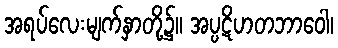
အရပ်လေးမျက်နှာတို့၌။ အပ္ပဋိဟတဘာဝေါ၊